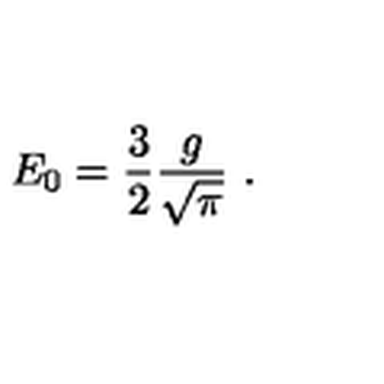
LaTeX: E _ { 0 } = \frac { 3 } { 2 } \frac { g } { \sqrt { \pi } } \ .